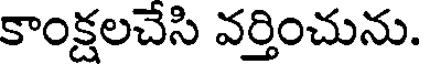
కాంక్షలచేసి వర్తించును.